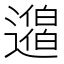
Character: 𨘐